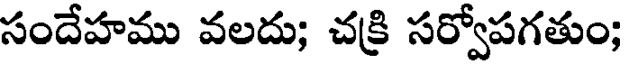
సందేహము వలదు; చక్రి సర్వోపగతుం;